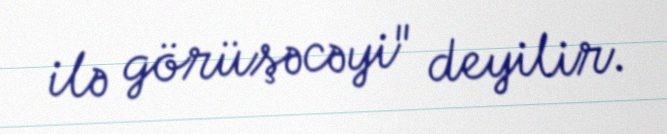
ilə görüşəcəyi" deyilir.